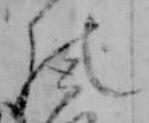
の